Vabadussoja_Ajaloo_Komitee, lk 11
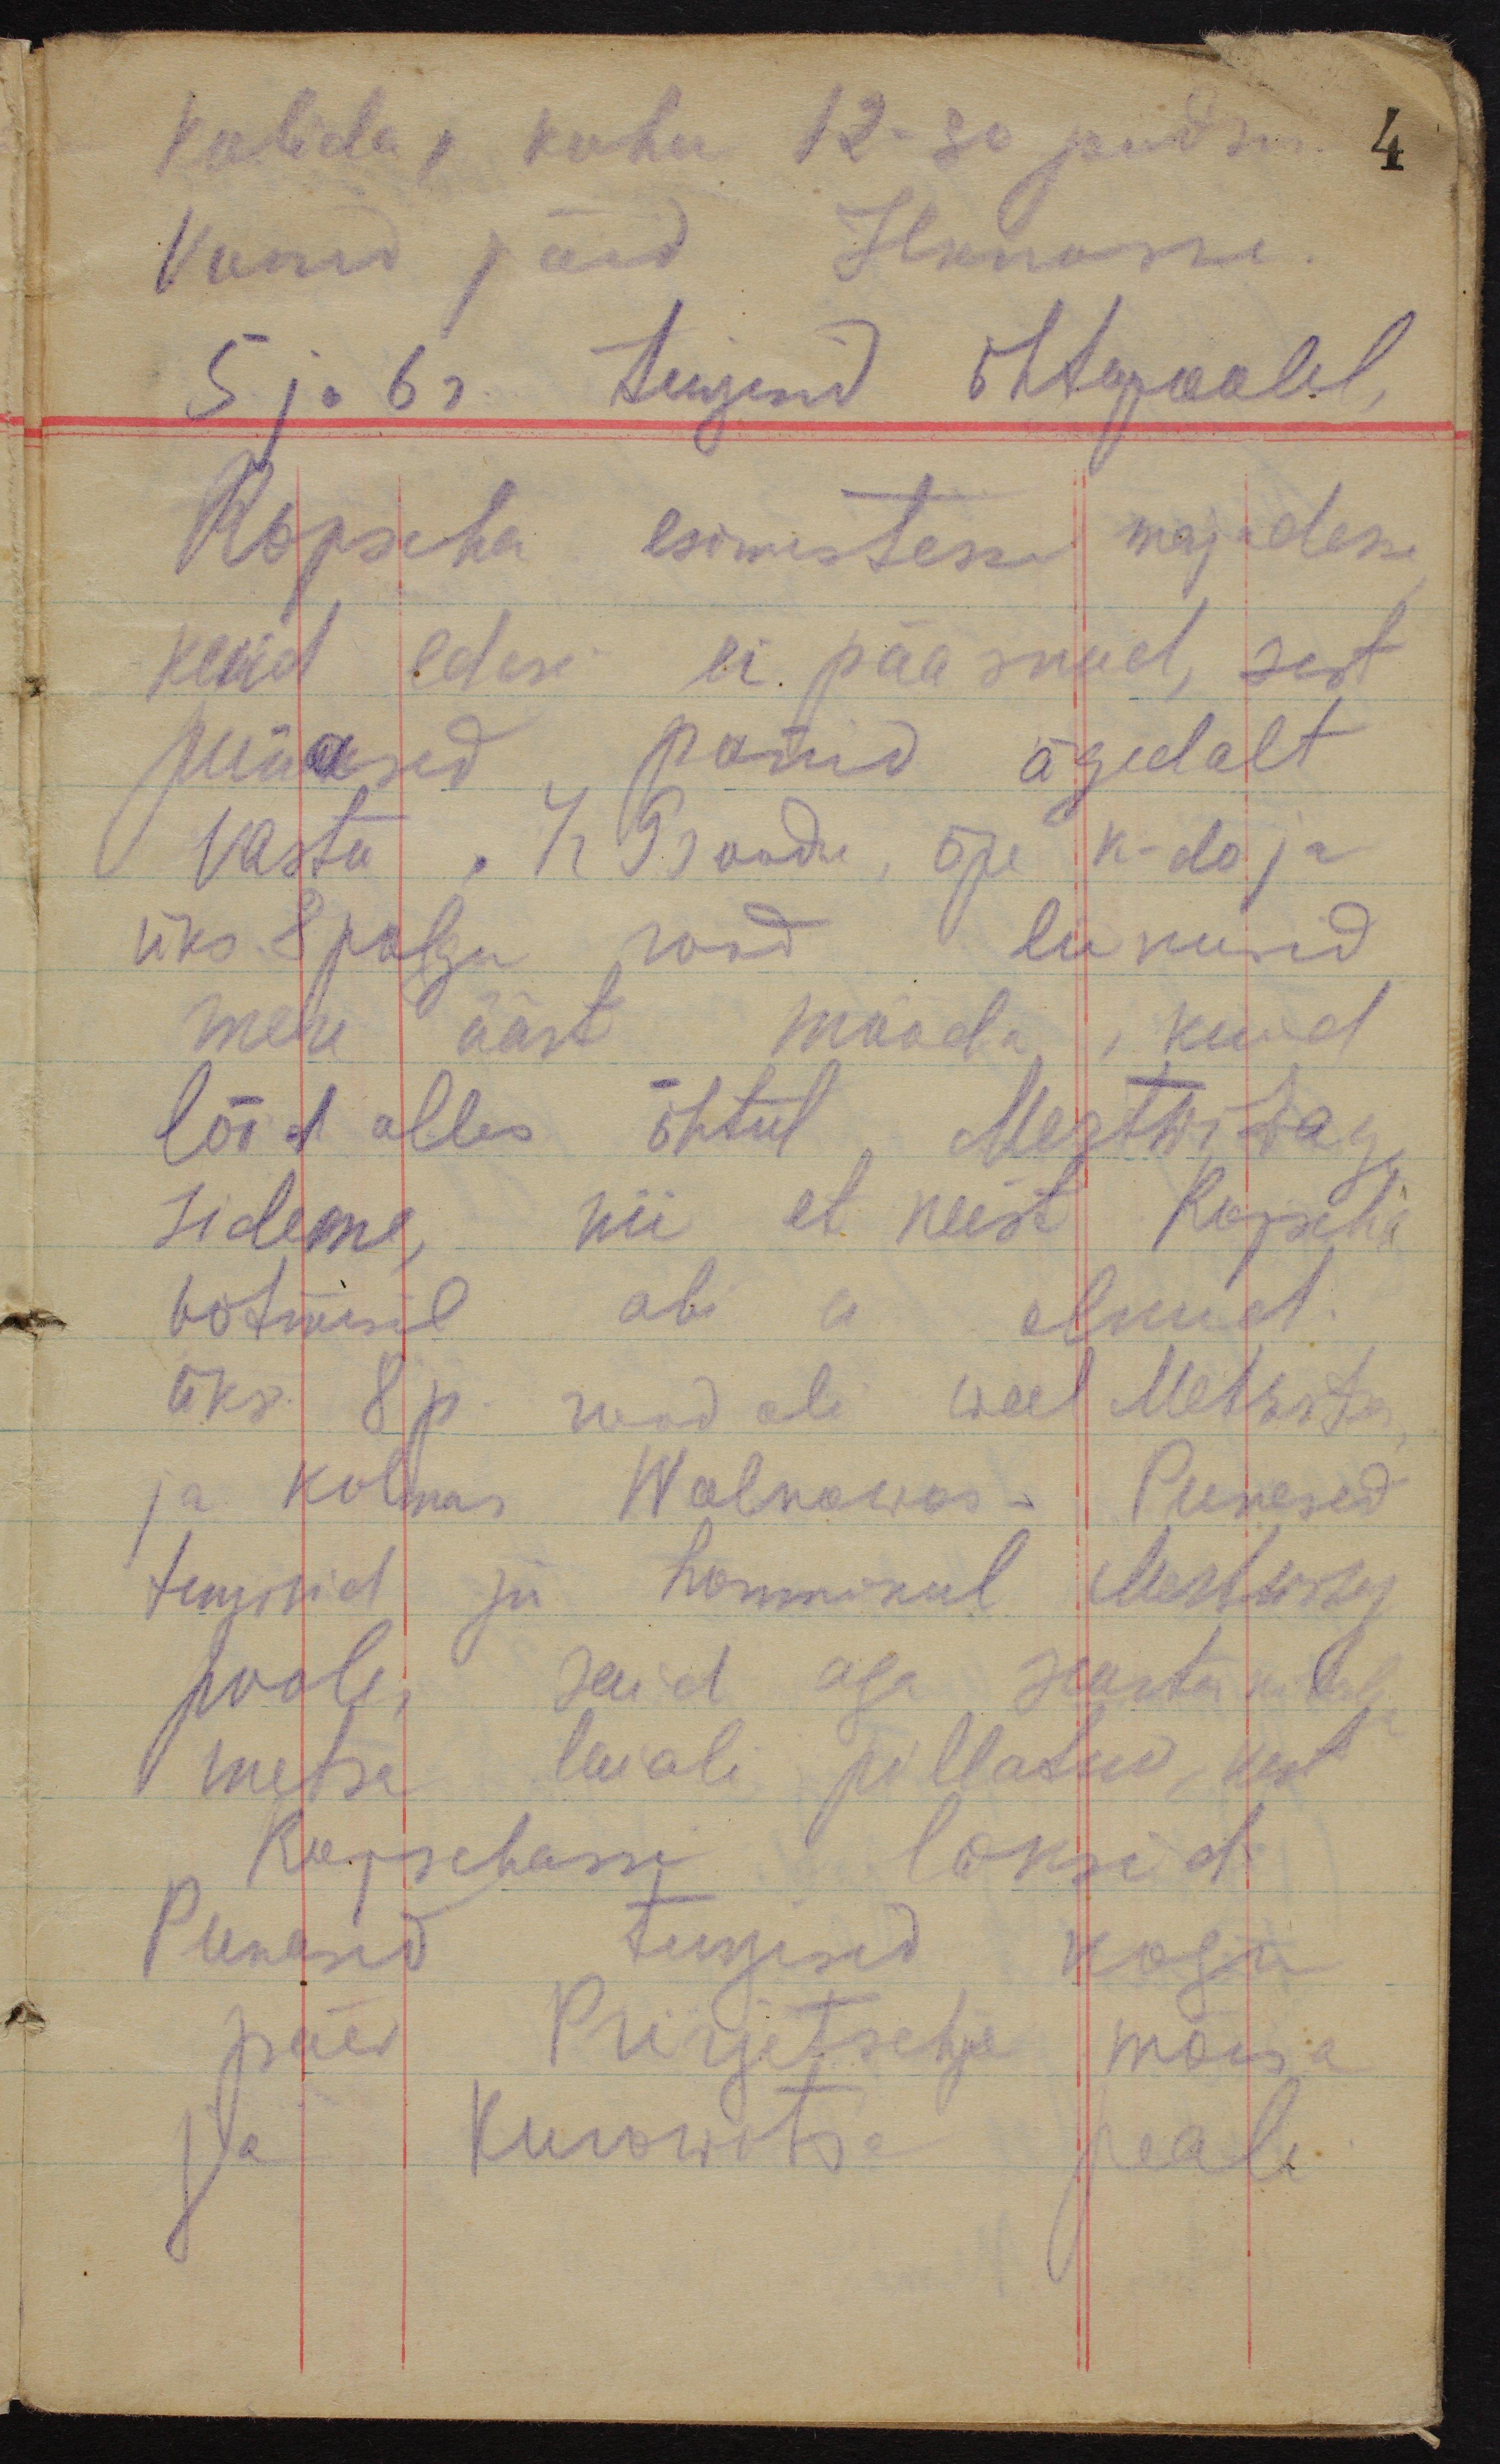
kolida, kuhu 12-30 jõudsime.
Voorid jäid Ilkinosse.
5 ja 6r. tungisid õhtupoolel
Ropscha esimestesse majadesse,
kuid edesi ei pääsnud, sest
punased panid ägedalt
vastu. 4r 9 roodu, õpe k-do ja
üks 8 polgu rood liikusid
mere äärt mööda, kuid
lõid alles õhtul Mertwizaga
sideme, nii et neist Ropscha
võtmisel abi ei olnud.
üks 8 p. rood oli weel Metwizas,
ja kolmas Wolkowas. Punased
tungisid ju hommikul Mertwizy
poole, said aga suurtükitule
metsa laiali pillatud, kust
Ropschasse läksid.
Punased tungisid kogu
päev Prirjetschje mõisa
ja Kurowitsa peale